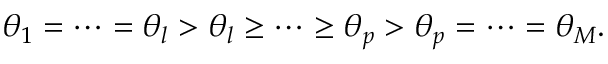
\begin{array} { r } { \theta _ { 1 } = \cdots = \theta _ { l } > \theta _ { l } \ge \cdots \ge \theta _ { p } > \theta _ { p } = \cdots = \theta _ { M } . } \end{array}